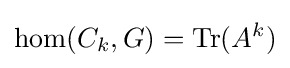
\operatorname {hom} (C_{k},G)=\operatorname {Tr} (A^{k})